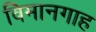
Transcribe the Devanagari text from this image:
विमानगाह